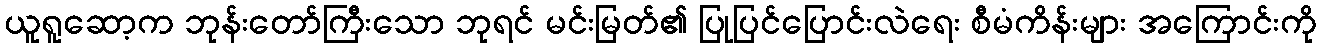
ယူရူဆော့က ဘုန်းတော်ကြီးသော ဘုရင် မင်းမြတ်၏ ပြုပြင်ပြောင်းလဲရေး စီမံကိန်းများ အကြောင်းကို